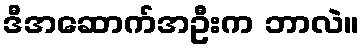
ဒီအဆောက်အဦးက ဘာလဲ။